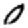
Digit: 0